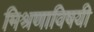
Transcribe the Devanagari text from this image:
मिश्रणाविषयी